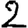
Digit: 2